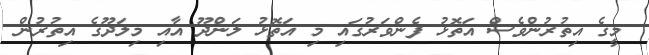
މީގެ އިތުރުންވެސް އަތޮޅު ފެންވަރުގައި މި އަތޮޅު ލަންދޫ އާއި މިލަދޫގެ އިތުރުން